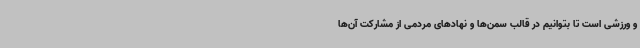
و ورزشی است تا بتوانیم در قالب سمن‌ها و نهادهای مردمی از مشارکت آن‌ها